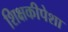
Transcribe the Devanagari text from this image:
शिक्षकीपेशा